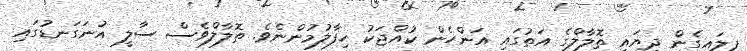
ފިލައިގެން ދިޔައީ ތޮލާލްގެ އަތުގައި އަންހެން ކުއްޖަކު ހިފާލުމުންނެވެ. ތޮލާލްވެސް ސާލީ އުނަގަނޑުގައި